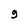
Character: g